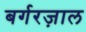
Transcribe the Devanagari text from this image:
बर्गरज़ाल